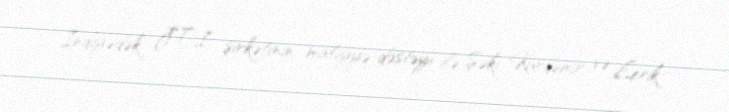
İndiyədək JTI şirkətinin maliyyə dəstəyi ilə Şəki, Kürdəmir və Lerik